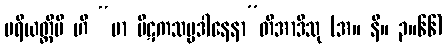
ပရိယတ္တိပိ ဟိ “မာ ပိဋကသမ္ပဒါနေနာ”တိအာဒီသု (အ။ နိ။ ၃။၆၆)